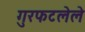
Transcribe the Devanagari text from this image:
गुरफटलेले